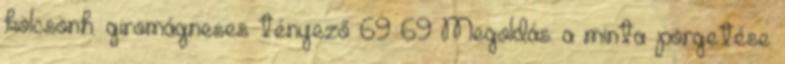
kölcsönh. giromágneses tényező 69 69 Megoldás: a minta pörgetése